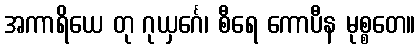
အကာရိယေ တု ဂုယှင်္ဂေ၊ စီရေ ကောပီန မုစ္စတေ။